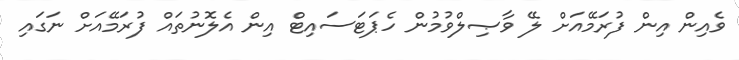
ވެއިން އިން ފުރަމޭއަށް ލޭ ވާޞިލްވުމުން ހެޕަޓަސައިޓް އިން އެލޮނުތައް ފުރަމޭއަށް ނަގައި